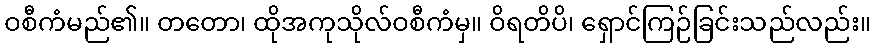
ဝစီကံမည်၏။ တတော၊ ထိုအကုသိုလ်ဝစီကံမှ။ ဝိရတိပိ၊ ရှောင်ကြဉ်ခြင်းသည်လည်း။